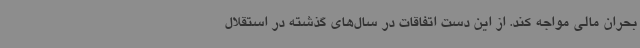
بحران مالی مواجه کند. از این دست اتفاقات در سال‌های گذشته در استقلال